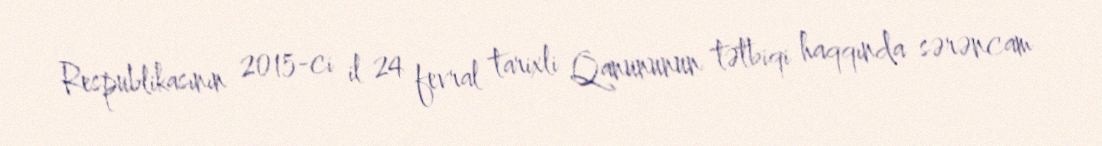
Respublikasının 2015-ci il 24 fevral tarixli Qanununun tətbiqi haqqında sərəncam